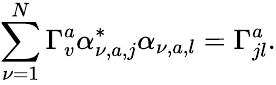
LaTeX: \sum_{\nu=1}^{N}\Gamma_{v}^{a}\alpha_{\nu,a,j}^{*}\alpha_{\nu,a,l}=\Gamma_{jl}^{a}.